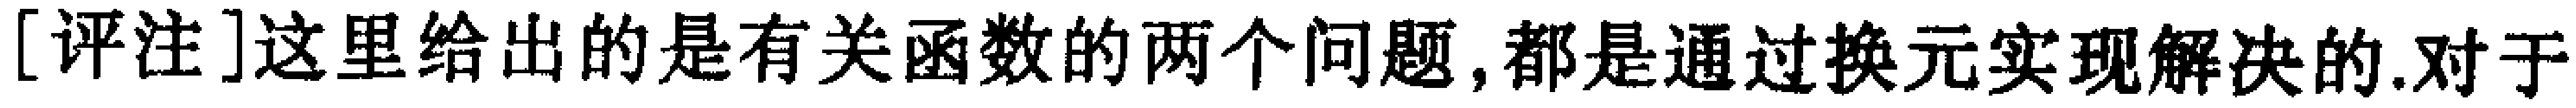
[评注]这里给出的是有关函数的两个问题,都是通过换元实现解决的.对于